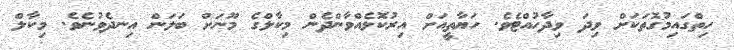
ހިތްގައިމުގޮތަކަށް ވިދަ ވިދާހުއްޓެވެ. ހަޔާތީއަށް އިރުކޮޅެއްވާންދެން މިކާލްގެ މޫނަށް ބަލަން އިނދެވުނެވެ. މިކާލް